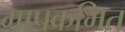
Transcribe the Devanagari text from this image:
मापक्रमित